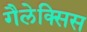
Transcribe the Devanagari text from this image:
गैलेक्सिस